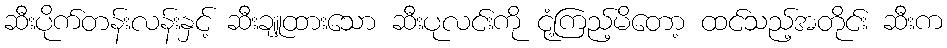
ဆီးပိုက်တန်းလန်းနှင့် ဆီးချူထားသော ဆီးပုလင်းကို ငုံ့ကြည့်မိတော့ ထင်သည့်အတိုင်း ဆီးက